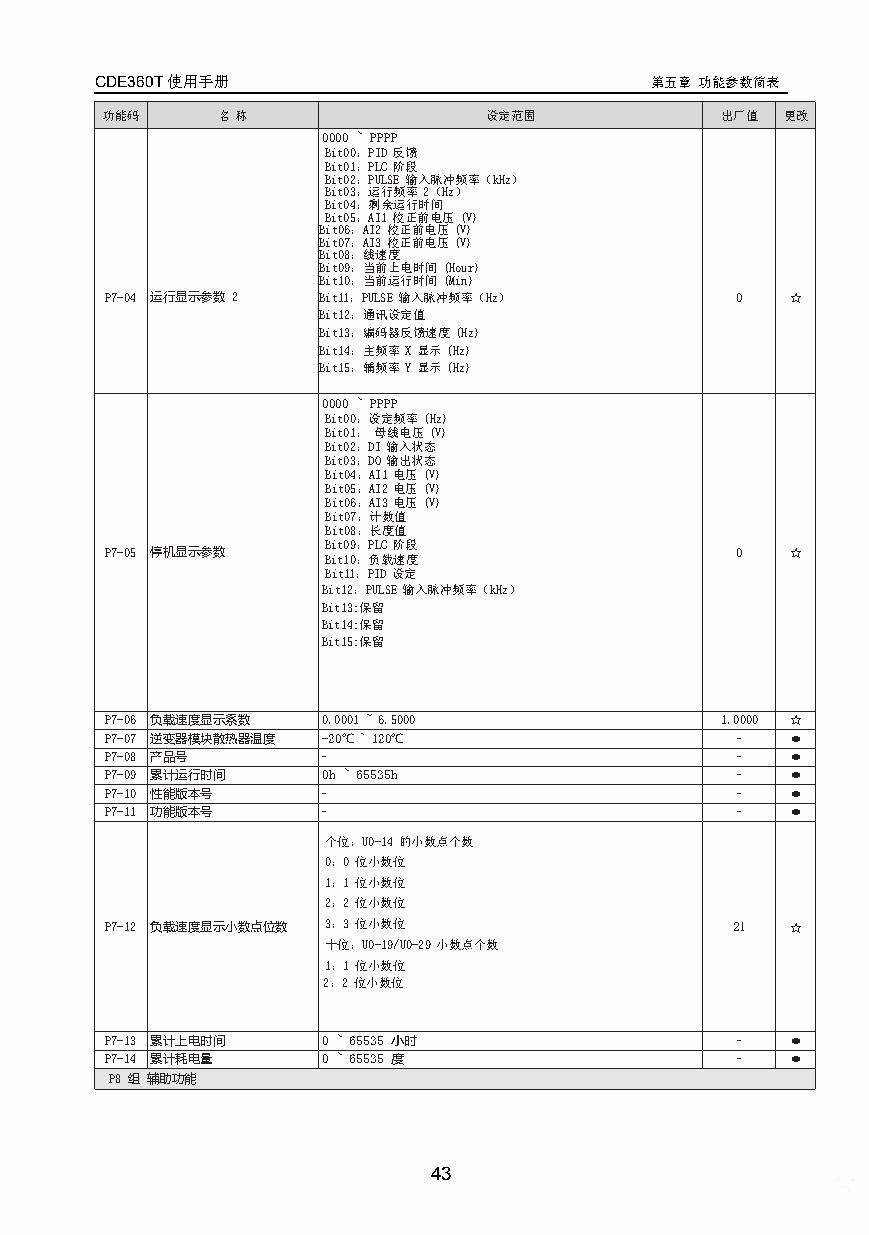
CDE360T使用手册                          第五章 功能参数简表
 功能码    名称                设定范围            出厂值 更改
 0000 ~ PPPP
 Bit00：PID反馈
 Bit01：PLC阶段
 Bit02：PULSE输入脉冲频率（kHz）
 Bit03：运行频率2（Hz）
 Bit04：剩余运行时间
 Bit05：AI1校正前电压(V)
 Bit06：AI2校正前电压(V)
 Bit07：AI3校正前电压(V)
 Bit08：线速度
 Bit09：当前上电时间(Hour)
 Bit10：当前运行时间(Min)
 P7-04 运行显示参数2 Bit11：PULSE输入脉冲频率（Hz）       0  ☆
 Bit12：通讯设定值
 Bit13：编码器反馈速度(Hz)
 Bit14：主频率X显示(Hz)
 Bit15：辅频率Y显示(Hz)
 0000 ~ PPPP
 Bit00：设定频率(Hz)
 Bit01：母线电压(V)
 Bit02：DI输入状态
 Bit03：DO输出状态
 Bit04：AI1电压(V)
 Bit05：AI2电压(V)
 Bit06：AI3电压(V)
 Bit07：计数值
 Bit08：长度值
 Bit09：PLC阶段
 P7-05 停机显示参数  Bit10：负载速度                  0  ☆
 Bit11：PID设定
 Bit12：PULSE输入脉冲频率（kHz）
 Bit13:保留
 Bit14:保留
 Bit15:保留
 P7-06 负载速度显示系数 0.0001~6.5000             1.0000 ☆
 P7-07 逆变器模块散热器温度 -20℃~ 120℃               -  ●
 P7-08 产品号     -                           -  ●
 P7-09 累计运行时间  0h ~ 65535h                 -  ●
 P7-10 性能版本号   -                           -  ●
 P7-11 功能版本号   -                           -  ●
 个位：U0-14的小数点个数
 0：0位小数位
 1：1位小数位
 2：2位小数位
 P7-12 负载速度显示小数点位数 3：3位小数位                21  ☆
 十位：U0-19/U0-29小数点个数
 1：1位小数位
 2：2位小数位
 P7-13 累计上电时间  0 ~ 65535 小时                -  ●
 P7-14 累计耗电量   0 ~ 65535 度                 -  ●
 P8组辅助功能
 43